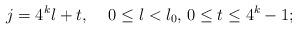
LaTeX: \begin{align*} j= 4^k l+t,\,\,\,\,\,\,\, 0 \leq l <l_0, \, 0 \leq t \leq 4^k-1; \end{align*}